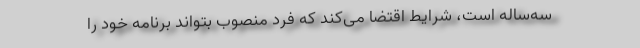
سه‌ساله است، شرایط اقتضا می‌کند که فرد منصوب بتواند برنامه خود را